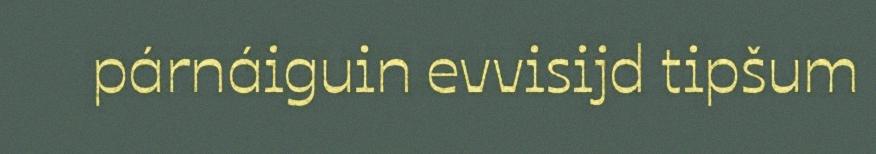
párnáiguin evvisijd tipšum